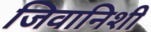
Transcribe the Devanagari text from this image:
जिवानिशी